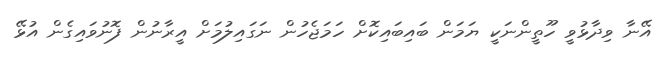
އޭނާ ވިދާޅުވީ ހޫތީންނަކީ ޔަމަން ބައިބައިކޮށް ހަމަޖެހުން ނަގައިލުމަށް އީރާނުން ފޮނުވައިގެން އުޅޭ